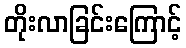
တိုးလာခြင်းကြောင့်